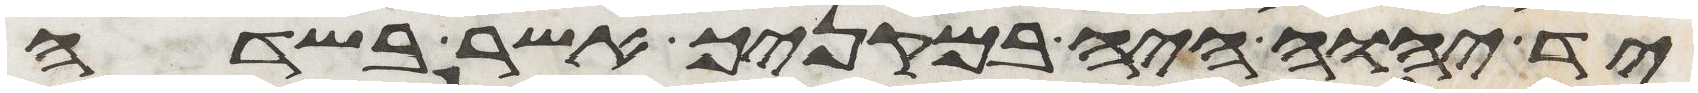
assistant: יד יהוה היה במקניך אשר בשדה